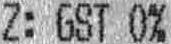
Z: GST 0%